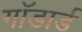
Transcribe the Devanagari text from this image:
गॉडार्ड